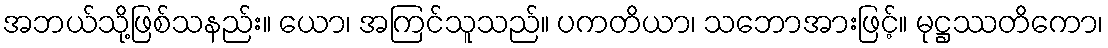
အဘယ်သို့ဖြစ်သနည်း။ ယော၊ အကြင်သူသည်။ ပကတိယာ၊ သဘောအားဖြင့်။ မုဋ္ဌဿတိကော၊